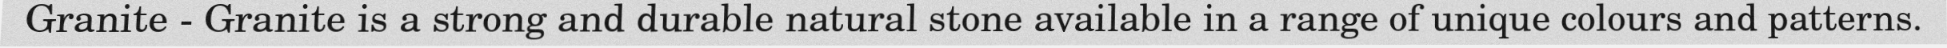
Granite - Granite is a strong and durable natural stone available in a range of unique colours and patterns.